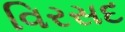
વિરસદ